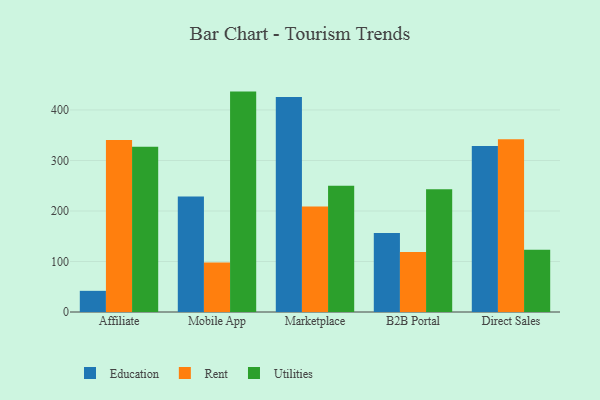
{"axis": {"x": "Channel", "y": "Shipments"}, "legend": ["Education", "Rent", "Utilities"], "data": [{"x": "Affiliate", "y": 41.9, "type": "Education"}, {"x": "Affiliate", "y": 340.8, "type": "Rent"}, {"x": "Affiliate", "y": 327.3, "type": "Utilities"}, {"x": "Mobile App", "y": 228.9, "type": "Education"}, {"x": "Mobile App", "y": 98.1, "type": "Rent"}, {"x": "Mobile App", "y": 436.4, "type": "Utilities"}, {"x": "Marketplace", "y": 425.5, "type": "Education"}, {"x": "Marketplace", "y": 208.8, "type": "Rent"}, {"x": "Marketplace", "y": 250.1, "type": "Utilities"}, {"x": "B2B Portal", "y": 156.6, "type": "Education"}, {"x": "B2B Portal", "y": 119.0, "type": "Rent"}, {"x": "B2B Portal", "y": 243.0, "type": "Utilities"}, {"x": "Direct Sales", "y": 328.5, "type": "Education"}, {"x": "Direct Sales", "y": 342.2, "type": "Rent"}, {"x": "Direct Sales", "y": 123.3, "type": "Utilities"}]}